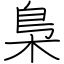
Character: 梟